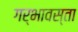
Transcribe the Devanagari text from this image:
गर्भावस्ता